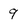
Character: 9